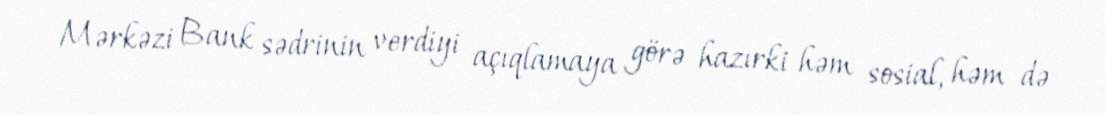
Mərkəzi Bank sədrinin verdiyi açıqlamaya görə hazırki həm sosial, həm də